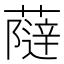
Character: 𧀕